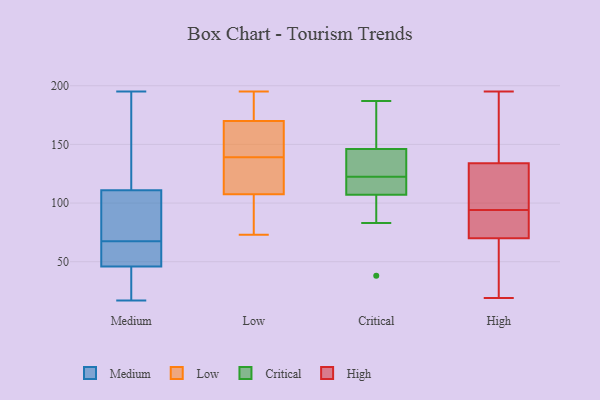
{"axis": {"x": "Operating Costs (USD K)", "y": "Value"}, "legend": ["Critical", "High", "Low", "Medium"], "data": [{"x": "", "y": 181, "type": "Medium"}, {"x": "", "y": 73, "type": "Medium"}, {"x": "", "y": 23, "type": "Medium"}, {"x": "", "y": 111, "type": "Medium"}, {"x": "", "y": 169, "type": "Medium"}, {"x": "", "y": 50, "type": "Medium"}, {"x": "", "y": 195, "type": "Medium"}, {"x": "", "y": 46, "type": "Medium"}, {"x": "", "y": 80, "type": "Medium"}, {"x": "", "y": 58, "type": "Medium"}, {"x": "", "y": 60, "type": "Medium"}, {"x": "", "y": 28, "type": "Medium"}, {"x": "", "y": 62, "type": "Medium"}, {"x": "", "y": 108, "type": "Medium"}, {"x": "", "y": 177, "type": "Medium"}, {"x": "", "y": 17, "type": "Medium"}, {"x": "", "y": 103, "type": "Medium"}, {"x": "", "y": 25, "type": "Medium"}, {"x": "", "y": 195, "type": "Low"}, {"x": "", "y": 149, "type": "Low"}, {"x": "", "y": 145, "type": "Low"}, {"x": "", "y": 119, "type": "Low"}, {"x": "", "y": 74, "type": "Low"}, {"x": "", "y": 99, "type": "Low"}, {"x": "", "y": 158, "type": "Low"}, {"x": "", "y": 188, "type": "Low"}, {"x": "", "y": 92, "type": "Low"}, {"x": "", "y": 91, "type": "Low"}, {"x": "", "y": 193, "type": "Low"}, {"x": "", "y": 174, "type": "Low"}, {"x": "", "y": 73, "type": "Low"}, {"x": "", "y": 125, "type": "Low"}, {"x": "", "y": 148, "type": "Low"}, {"x": "", "y": 130, "type": "Low"}, {"x": "", "y": 133, "type": "Low"}, {"x": "", "y": 185, "type": "Low"}, {"x": "", "y": 116, "type": "Low"}, {"x": "", "y": 166, "type": "Low"}, {"x": "", "y": 122, "type": "Critical"}, {"x": "", "y": 187, "type": "Critical"}, {"x": "", "y": 83, "type": "Critical"}, {"x": "", "y": 130, "type": "Critical"}, {"x": "", "y": 158, "type": "Critical"}, {"x": "", "y": 132, "type": "Critical"}, {"x": "", "y": 146, "type": "Critical"}, {"x": "", "y": 149, "type": "Critical"}, {"x": "", "y": 118, "type": "Critical"}, {"x": "", "y": 123, "type": "Critical"}, {"x": "", "y": 111, "type": "Critical"}, {"x": "", "y": 88, "type": "Critical"}, {"x": "", "y": 107, "type": "Critical"}, {"x": "", "y": 38, "type": "Critical"}, {"x": "", "y": 134, "type": "High"}, {"x": "", "y": 152, "type": "High"}, {"x": "", "y": 24, "type": "High"}, {"x": "", "y": 107, "type": "High"}, {"x": "", "y": 115, "type": "High"}, {"x": "", "y": 70, "type": "High"}, {"x": "", "y": 73, "type": "High"}, {"x": "", "y": 195, "type": "High"}, {"x": "", "y": 81, "type": "High"}, {"x": "", "y": 19, "type": "High"}]}